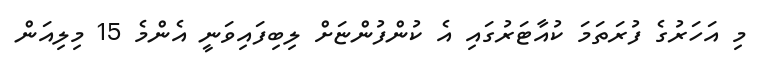
މި އަހަރުގެ ފުރަތަމަ ކުއާޓަރުގައި އެ ކުންފުންޏަށް ލިބިފައިވަނީ އެންމެ 15 މިލިއަން